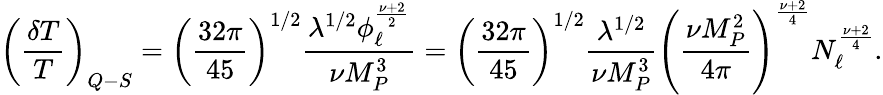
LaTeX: \left(\frac{\delta T}{T}\right)_{Q-S}=\left(\frac{32\pi}{45}\right)^{1/2}\frac{\lambda^{1/2}\phi_{\ell}^{\frac{\nu+2}{2}}}{\nu M_{P}^{3}}=\left(\frac{32\pi}{45}\right)^{1/2}\frac{\lambda^{1/2}}{\nu M_{P}^{3}}\left(\frac{\nu M_{P}^{2}}{4\pi}\right)^{\frac{\nu+2}{4}}N_{\ell}^{\frac{\nu+2}{4}}.